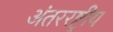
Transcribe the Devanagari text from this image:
अंतररष्ट्रीय